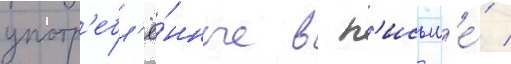
употр'ебл'ё́нные в п'исьм'е́ /